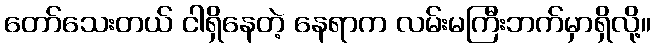
တော်သေးတယ် ငါရှိနေတဲ့ နေရာက လမ်းမကြီးဘက်မှာရှိလို့။